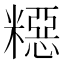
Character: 𥼳